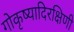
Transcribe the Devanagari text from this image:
गोकृष्यादिरक्षिणी